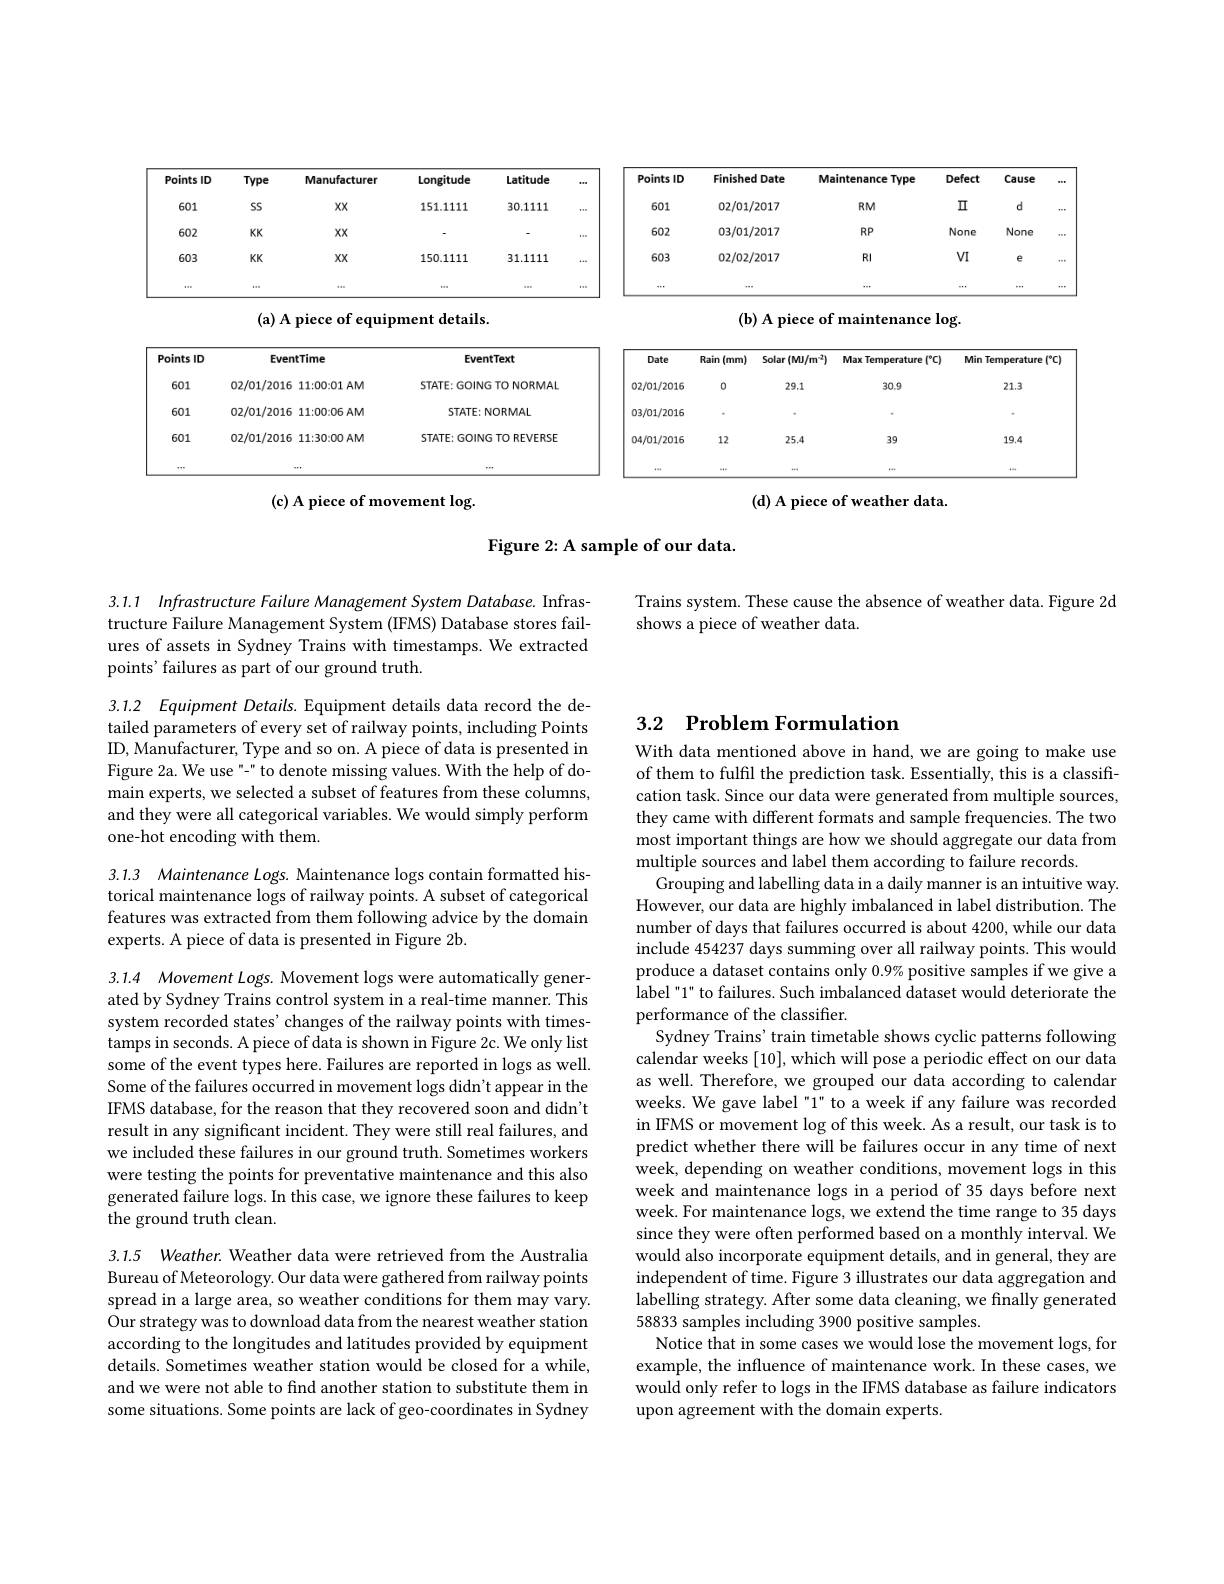
<table>
	<tbody>
		<tr>
			<th>Points ID</th>
			<th>Type</th>
			<th>Manufacturer</th>
			<th>Longitude</th>
			<th>Latitude</th>
			<th>00</th>
			<th>Points ID</th>
			<th>Finished Date</th>
			<th>Maintenance Type</th>
			<th>Defect</th>
			<th>Cause</th>
			<th>er</th>
		</tr>
		<tr>
			<td>601</td>
			<td>SS</td>
			<td>$XX$</td>
			<td>151.111</td>
			<td>30.111</td>
			<td>118</td>
			<td>601</td>
			<td>02/01/2017</td>
			<td>$RM$</td>
			<td>$\Pi$</td>
			<td>d</td>
			<td>*=</td>
		</tr>
		<tr>
			<td>602</td>
			<td>$KKK$</td>
			<td>$XX$</td>
			<td> </td>
			<td> </td>
			<td>810</td>
			<td>602</td>
			<td>03/01/2017</td>
			<td>$RP$</td>
			<td>None</td>
			<td>None</td>
			<td>$v=1$</td>
		</tr>
		<tr>
			<td>603</td>
			<td>KK</td>
			<td>$XX$</td>
			<td>150.1111</td>
			<td>31.1111</td>
			<td>$a+a$</td>
			<td>603</td>
			<td>02/02/2017</td>
			<td>$RI$</td>
			<td>$vI$</td>
			<td>e</td>
			<td>$e=$</td>
		</tr>
		<tr>
			<td>888</td>
			<td>888</td>
			<td>188</td>
			<td>888</td>
			<td>sar</td>
			<td>810</td>
			<td>4</td>
			<td>***</td>
			<td>***</td>
			<td>$w+1$</td>
			<td>$w+w$</td>
			<td>$+\cdot\cdot$</td>
		</tr>
	</tbody>
</table>

(b) A piece of maintenance log.

(a) A piece of equipment details.

<table>
	<tbody>
		<tr>
			<th>Points ID</th>
			<th>EventTime</th>
			<th>EventText</th>
			<th>Date</th>
			<th>Rain (mm)</th>
			<th>$Solar(MU/m^{-2})$</th>
			<th>Max Temperature ( "C)</th>
			<th>Min Temperature $f^{\circ}C$ 21</th>
		</tr>
		<tr>
			<td>601</td>
			<td>02/01/201611:00:01 AM</td>
			<td>STATE:GOING TO NORMAL</td>
			<td>02/01/2016</td>
			<td>0</td>
			<td>29.1</td>
			<td>30.9</td>
			<td>21.3</td>
		</tr>
		<tr>
			<td>601</td>
			<td>$02/01/201611:006AM$</td>
			<td>STATE: NORMAL</td>
			<td>03/01/2016</td>
			<td> </td>
			<td> </td>
			<td> </td>
			<td> </td>
		</tr>
		<tr>
			<td>601</td>
			<td>$02/01/201611:30:00AM$</td>
			<td>STATE: GOING TO REVERSE</td>
			<td>04/01/2016</td>
			<td>12</td>
			<td>25.4</td>
			<td>39</td>
			<td>19.4</td>
		</tr>
		<tr>
			<td>***</td>
			<td>$w+1$</td>
			<td> </td>
			<td>1=-2</td>
			<td>$=a+$</td>
			<td> </td>
			<td>$k+i$</td>
			<td> </td>
		</tr>
	</tbody>
</table>

(c) A piece of movement log.

$(\mathbf{d})$ A piece of weather data.

Figure 2: A sample of our data.

Trains system. These cause the absence of weather data. Figure 2d
shows a piece of weather data.

3.1.1 Infrastructure Failure Management System Database. Infrastructure Failure Management System (IFMS) Database stores failures of assets in Sydney Trains with timestamps. We extracted points' failures as part of our ground truth.

## 3.2 $\textbf{Problem Formulation}$

3.1.2 Equipment Details. Equipment details data record the detailed parameters of every set of railway points, including Points ID, Manufacturer, Type and so on. A piece of data is presented in Figure 2a. We use" " to denote missing values. With the help of domain experts, we selected a subset of features from these columns, and they were all categorical variables. We would simply perform one-hot encoding with them.

3.1.3 Maintenance Logs. Maintenance logs contain formatted historical maintenance logs of railway points. A subset of categorical features was extracted from them following advice by the domain experts. A piece of data is presented in Figure 2b.

With data mentioned above in hand, we are going to make use of them to fulfil the prediction task. Essentially, this is a classification task. Since our data were generated from multiple sources, they came with different formats and sample frequencies. The two most important things are how we should aggregate our data from multiple sources and label them according to failure records.
Grouping and labelling data in a daily manner is an intuitive way However, our data are highly imbalanced in label distribution. The number of days that failures occurred is about 4200, while our data include 454237 days summing over all railway points. This would produce a dataset contains only 0.9% positive samples if we give a label "1" to failures. Such imbalanced dataset would deteriorate the performance of the classifier.
Sydney Trains' train timetable shows cyclic patterns following calendar weeks [10], which will pose a periodic effect on our data as well. Therefore, we grouped our data according to calendar weeks. We gave label "1" to a week if any failure was recorded in IFMS or movement log of this week. As a result, our task is to predict whether there will be failures occur in any time of next week, depending on weather conditions, movement logs in this week and maintenance logs in a period of 35 days before next week. For maintenance logs, we extend the time range to 35 days since they were often performed based on a monthly interval. We would also incorporate equipment details, and in general, they are independent of time. Figure 3 illustrates our data aggregation and labelling strategy. After some data cleaning, we finally generated 58833 samples including 3900 positive samples.
Notice that in some cases we would lose the movement logs, for example, the influence of maintenance work. In these cases, we would only refer to logs in the IFMS database as failure indicators upon agreement with the domain experts.

3.1.4 Movement Logs. Movement logs were automatically generated by Sydney Trains control system in a real-time manner. This system recorded states' changes of the railway points with timestamps in seconds. A piece of data is shown in Figure 2c. We only list some of the event types here. Failures are reported in logs as well. Some of the failures occurred in movement logs didn't appear in the IFMS database, for the reason that they recovered soon and didn't result in any significant incident. They were still real failures, and we included these failures in our ground truth. Sometimes workers were testing the points for preventative maintenance and this also generated failure logs. In this case, we ignore these failures to keep the ground truth clean.

3.1.5 Weather. Weather data were retrieved from the Australia Bureau of Meteorology. Our data were gathered from railway points spread in a large area, so weather conditions for them may vary. Our strategy was to download data from the nearest weather station according to the longitudes and latitudes provided by equipment details. Sometimes weather station would be closed for a while, and we were not able to find another station to substitute them in some situations. Some points are lack of geo-coordinates in Sydney